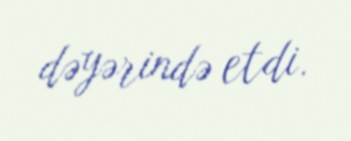
dəyərində etdi.